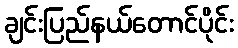
ချင်းပြည်နယ်တောင်ပိုင်း